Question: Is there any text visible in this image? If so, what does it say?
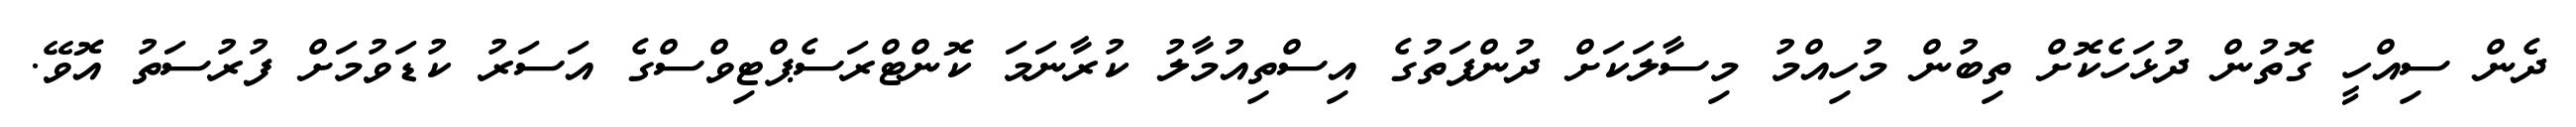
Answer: ދެން ސިއްހީ ގޮތުން ދުޅަހެކޮށް ތިބުން މުހިއްމު މިސާލަކަށް ދުންފަތުގެ އިސްތިއުމާލު ކުރާނަމަ ކޮންޓްރަސެޕްޓިވްސްގެ އަސަރު ކުޑަވުމަށް ފުރުސަތު އޮވޭ.